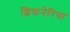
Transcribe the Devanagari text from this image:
शिफनेरिया